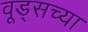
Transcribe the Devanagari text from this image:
वूड्सच्या